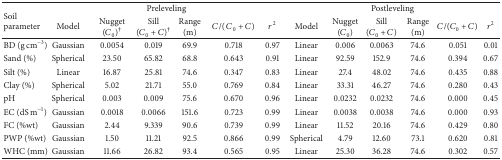
<table><thead><tr><td rowspan="2"><b>Soil parameter</b></td><td colspan="6"><b> Preleveling</b></td><td colspan="6"><b> Postleveling</b></td></tr><tr><td><b>Model</b></td><td><b>Nugget (<i>C</i><sub>0</sub>)<sup>†</sup></b></td><td><b>Sill(<i>C</i><sub>0</sub> + <i>C</i>)<sup>†</sup></b></td><td><b>Range (m)</b></td><td><b><i>C</i>/( <i>C</i><sub>0</sub> + <i>C</i>)</b></td><td><b><i>r</i><sup>2</sup></b></td><td><b>Model</b></td><td><b>Nugget (<i>C</i><sub>0</sub>)</b></td><td><b>Sill(<i>C</i><sub>0</sub> + <i>C</i>)</b></td><td><b>Range (m)</b></td><td><b><i>C</i>/(<i>C</i><sub>0</sub> + <i>C</i>)</b></td><td><b><i>r</i><sup>2</sup></b></td></tr></thead><tbody><tr><td>BD (g cm<sup>−3</sup>)</td><td>Gaussian</td><td>0.0054</td><td>0.019</td><td>69.9</td><td>0.718</td><td>0.97</td><td>Linear</td><td>0.006</td><td>0.0063</td><td>74.6</td><td>0.051</td><td>0.01</td></tr><tr><td>Sand (%)</td><td>Spherical</td><td>23.50</td><td>65.82</td><td>68.8</td><td>0.643</td><td>0.91</td><td>Linear</td><td>92.59</td><td>152.9</td><td>74.6</td><td>0.394</td><td>0.67</td></tr><tr><td>Silt (%)</td><td>Linear</td><td>16.87</td><td>25.81</td><td>74.6</td><td>0.347</td><td>0.83</td><td>Linear</td><td>27.4</td><td>48.02</td><td>74.6</td><td>0.435</td><td>0.88</td></tr><tr><td>Clay (%) </td><td>Spherical</td><td>5.02</td><td>21.71</td><td>55.0</td><td>0.769</td><td>0.84</td><td>Linear</td><td>33.31</td><td>46.27</td><td>74.6</td><td>0.280</td><td>0.43</td></tr><tr><td>pH</td><td>Spherical</td><td>0.003</td><td>0.009</td><td>75.6</td><td>0.670</td><td>0.96</td><td>Linear</td><td>0.0232</td><td>0.0232</td><td>74.6</td><td>0.000</td><td>0.45</td></tr><tr><td>EC (dS m<sup>−1</sup>)</td><td>Gaussian</td><td>0.0018</td><td>0.0066</td><td>151.6</td><td>0.723</td><td>0.99</td><td>Linear</td><td>0.0038</td><td>0.0038</td><td>74.6</td><td>0.000</td><td>0.93</td></tr><tr><td>FC (%wt)</td><td>Gaussian</td><td>2.44</td><td>9.339</td><td>90.6</td><td>0.739</td><td>0.99</td><td>Linear</td><td>11.52</td><td>20.16</td><td>74.6</td><td>0.429</td><td>0.80</td></tr><tr><td>PWP (%wt)</td><td>Gaussian</td><td>1.50</td><td>11.21</td><td>92.5</td><td>0.866</td><td>0.99</td><td>Spherical</td><td>4.79</td><td>12.60</td><td>73.1</td><td>0.620</td><td>0.81</td></tr><tr><td>WHC (mm)</td><td>Gaussian</td><td>11.66</td><td>26.82</td><td>93.4</td><td>0.565</td><td>0.95</td><td>Linear</td><td>25.30</td><td>36.28</td><td>74.6</td><td>0.302</td><td>0.57</td></tr></tbody></table>